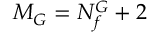
M _ { G } = N _ { f } ^ { G } + 2